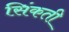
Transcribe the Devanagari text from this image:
सिंकती